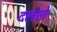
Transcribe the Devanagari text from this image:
दलेले